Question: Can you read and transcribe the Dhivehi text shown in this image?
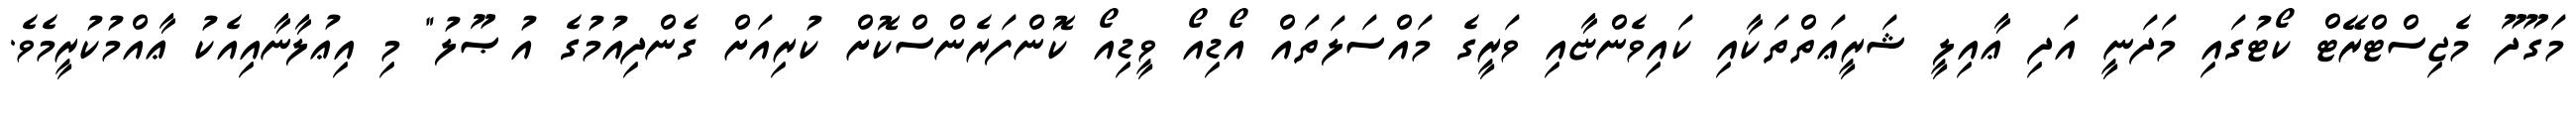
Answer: މަގޫދޫ މެޖިސްޓްރޭޓް ކޯޓުގައި މަދަނީ އަދި ޢާއިލީ ޝަރީޢަތްތަކާއި ކައިވެންޏާއި ވަރީގެ މައްސަލަތައް އޯޑިއޯ ވީޑިއޯ ކޮންފަރެންސްކޮށް ކުރިއަށް ގެންދިއުމުގެ އުޞޫލު" މި އިޢުލާނާއިއެކު ޢާއްމުކުރީމެވެ.